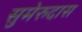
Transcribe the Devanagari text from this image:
सुमेरुदास